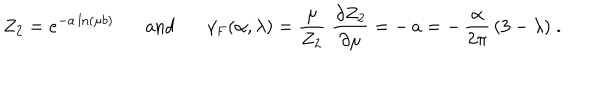
Z _ { 2 } = e ^ { - a \ln ( \mu b ) } \mathrm { a n d } \gamma _ { F } ( \alpha , \lambda ) = \frac { \mu } { Z _ { 2 } } \; \frac { \partial Z _ { 2 } } { \partial \mu } = - \, a = - \, \frac { \alpha } { 2 \pi } \, ( 3 - \lambda ) \; .